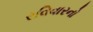
રવિવારનો